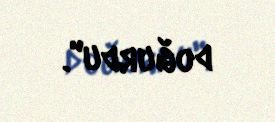
doğurdu".